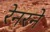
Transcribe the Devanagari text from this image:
रेनरने